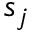
s _ { j }